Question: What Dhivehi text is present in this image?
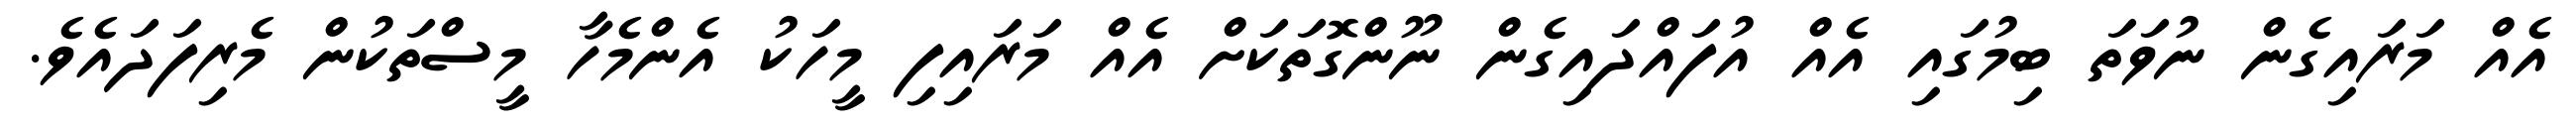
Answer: އެއް މަރައިގެން ނުވަތަ ބިމުގައި އެއް އުފައްދައިގެން ނޫންގޮތަކަށް އެއް މަރައިފި މީހަކު އެންމެހާ މީސްތަކުން މެރިފަދައެވެ.